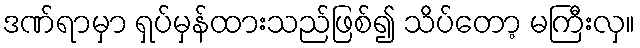
ဒဏ်ရာမှာ ရှပ်မှန်ထားသည်ဖြစ်၍ သိပ်တော့ မကြီးလှ။